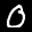
Label: 0